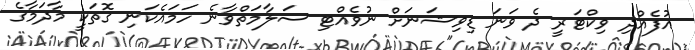
އުފެއްދި ވިކްޓަރީ ދެ ވަނަ ޑިވިޝަނަށް ނުވެއްޓި ސަލާމަތްވާނެ ހަމައެކަނި ގޮތަކީ މާދަމާގެ